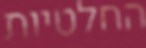
החלטיות